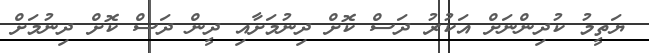
ޔަތީމު ކުދިންނަށް އަކުރު ދަސް ކޮށް ދިނުމަށާއި ދީން ދަސް ކޮށް ދިނުމަށް